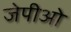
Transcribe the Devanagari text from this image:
जेपीओ